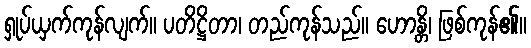
ရှုပ်ယှက်ကုန်လျက်။ ပတိဋ္ဌိတာ၊ တည်ကုန်သည်။ ဟောန္တိ၊ ဖြစ်ကုန်၏။